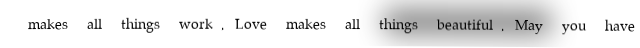
makes all things work, Love makes all things beautiful, May you have